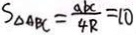
S _ { \Delta A B C } = \frac { a b c } { 4 R } = 1 0